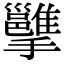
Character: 𢹭